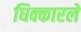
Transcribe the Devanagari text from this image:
धिक्कारले